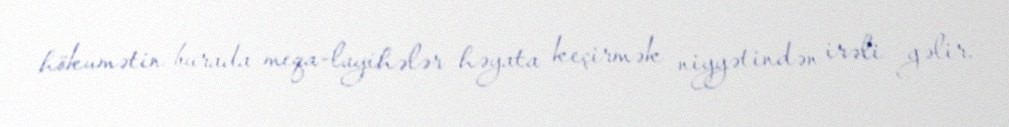
hökumətin burada meqa-layihələr həyata keçirmək niyyətindən irəli gəlir.